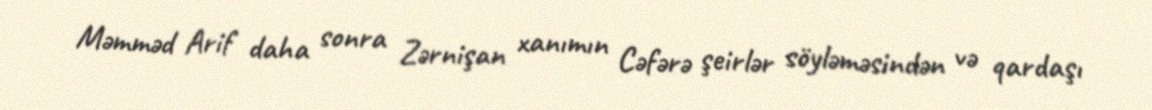
Məmməd Arif daha sonra Zərnişan xanımın Cəfərə şeirlər söyləməsindən və qardaşı